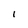
Character: l